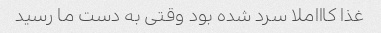
غذا کاااملا سرد شده بود وقتی به دست ما رسید